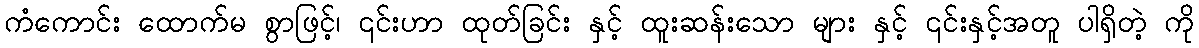
ကံကောင်း ထောက်မ စွာဖြင့်၊ ၎င်းဟာ ထုတ်ခြင်း နှင့် ထူးဆန်းသော များ နှင့် ၎င်းနှင့်အတူ ပါရှိတဲ့ ကို